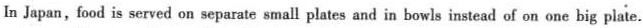
In Japan,food is served on separate small plates and in bowls instead of on one big plate.